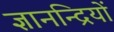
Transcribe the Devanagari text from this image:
ज्ञानन्द्रियों